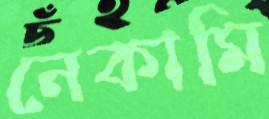
নেকামি